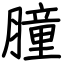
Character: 膧